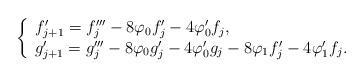
LaTeX: \begin{align*}\left\{ \begin{array}{l}f_{j+1}' = f_j''' - 8\varphi _0f_j'-4\varphi _0'f_j, \\g_{j+1}' = g_j''' - 8\varphi _0g_j'-4\varphi _0'g_j - 8\varphi _1f_j' - 4\varphi _1' f_j. \\\end{array} \right.\end{align*}